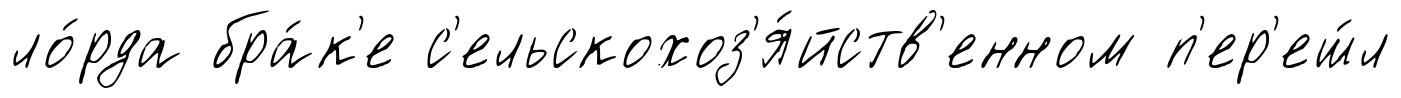
ло́рда бра́к'е с'ельскохоз'я́йств'енном п'ер'еш́л